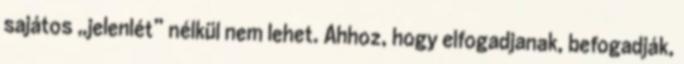
sajátos „jelenlét” nélkül nem lehet. Ahhoz, hogy elfogadjanak, befogadják,